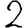
Digit: 2